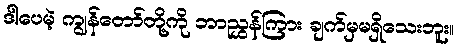
ဒါပေမဲ့ ကျွန်တော်တို့ကို ဘာညွှန်ကြား ချက်မှမရှိသေးဘူး။